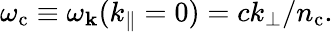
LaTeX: \omega_{\mathrm{c}}\equiv\omega_{{\mathbf k}}(k_{\parallel}=0)=ck_{\perp}/n_{\mathrm{c}}.